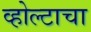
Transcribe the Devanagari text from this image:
व्होल्टाचा